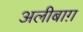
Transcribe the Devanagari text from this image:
अलीबाग़